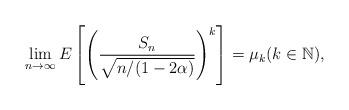
LaTeX: \begin{align*} \lim_{n \to \infty} E\left[\left(\dfrac{S_n}{\sqrt{n/(1-2\alpha)}}\right)^k\right] = \mu_k(k \in \mathbb{N}),\end{align*}